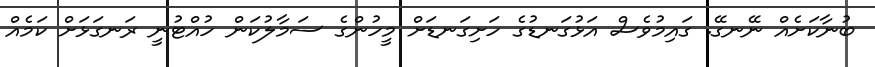
ބުނާކަށެއް ނޭނގޭ. ގައިމުވެސް އަޅުގަނޑުގެ ހަށިގަނޑަށް މީހުންގެ ސަމާލުކަން ހުއްޓުނީ ރަނގަޅަށް ކަމެއް